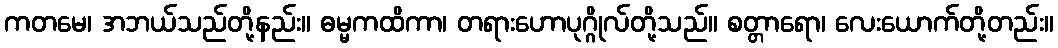
ကတမေ၊ အဘယ်သည်တို့နည်း။ ဓမ္မကထိကာ၊ တရားဟောပုဂ္ဂိုလ်တို့သည်။ စတ္တာရော၊ လေးယောက်တို့တည်း။